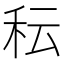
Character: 秐